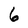
Character: 6